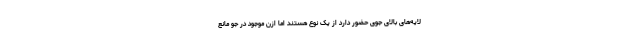
لایه‌های بالای جوی حضور دارد از یک نوع هستند اما ازن موجود در جو مانع